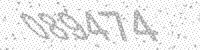
Solution: 089474